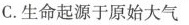
C.生命起源于原始大气